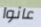
عانوا